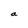
Character: a